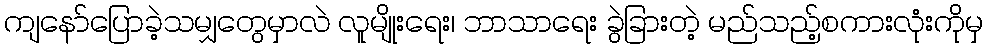
ကျနော်ပြောခဲ့သမျှတွေမှာလဲ လူမျိုးရေး၊ ဘာသာရေး ခွဲခြားတဲ့ မည်သည့်စကားလုံးကိုမှ